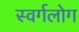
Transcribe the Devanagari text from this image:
स्वर्गलोग